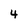
Character: 4